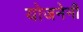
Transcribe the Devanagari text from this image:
योजनेनी